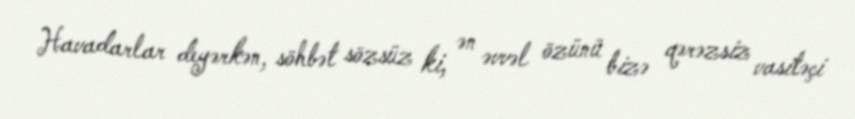
Havadarlar deyərkən, söhbət sözsüz ki, ən əvvəl özünü bizə qərəzsiz vasitəçi